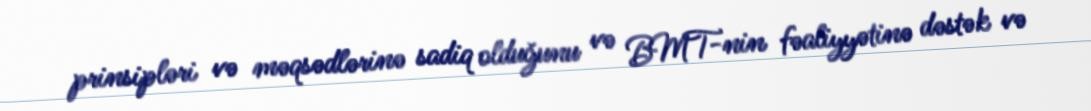
prinsipləri və məqsədlərinə sadiq olduğunu və BMT-nin fəaliyyətinə dəstək və